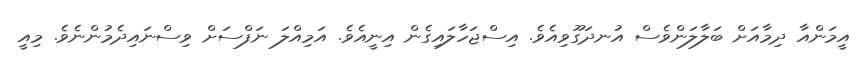
އީމަންއާ ދިމާއަށް ބަލާލަންވެސް އުނދަގޫވިއެވެ. އިސްޖަހާލައިގެން އިނީއެވެ. އަމިއްލަ ނަފްސަށް ވިސްނައިދެމުންނެވެ. މިއީ